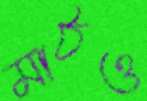
মাঠও